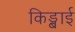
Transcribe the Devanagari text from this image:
किड्बाई